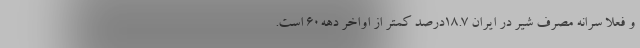
و فعلا سرانه مصرف شیر در ایران 18.7درصد کمتر از اواخر دهه60 است.